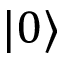
| 0 \rangle